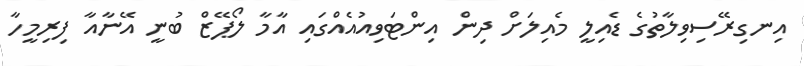
އިނގިރޭސިވިލާތުގެ ޑެއިލީ މެއިލަށް ދިން އިންޓަވިއުއެއްގައި އާމާ ލޯޕޭޒް ބުނީ އޭނާއާ ފިރިމީހާ